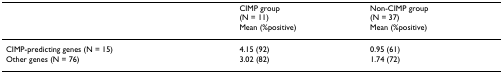
<table><thead><tr><td></td><td><b>CIMP group(N = 11)Mean (%positive)</b></td><td><b>Non-CIMP group(N = 37)Mean (%positive)</b></td></tr></thead><tbody><tr><td>CIMP-predicting genes (N = 15)</td><td>4.15 (92)</td><td>0.95 (61)</td></tr><tr><td>Other genes (N = 76)</td><td>3.02 (82)</td><td>1.74 (72)</td></tr></tbody></table>